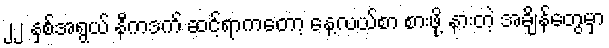
၂၂ နှစ်အရွယ် နီကဒက် ဆင့်ရာကတော့ နေ့လယ်စာ စားဖို့ နားတဲ့ အချိန်တွေမှာ